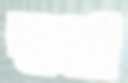
শুণ্ডা